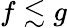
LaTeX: f\lesssim g